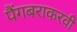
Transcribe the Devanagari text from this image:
पैंगबराकरवी